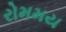
રોમમય